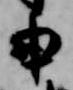
申